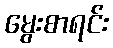
မွေးစာရင်း